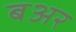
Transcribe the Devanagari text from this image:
बअर